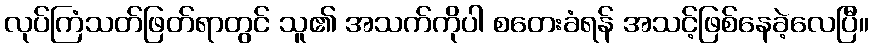
လုပ်ကြံသတ်ဖြတ်ရာတွင် သူ၏ အသက်ကိုပါ စတေးခံရန် အသင့်ဖြစ်နေခဲ့လေပြီ။